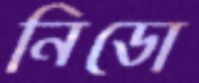
নিডো